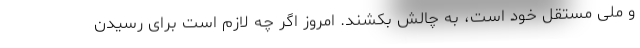
و ملی مستقل خود است، به چالش بکشند. امروز اگر چه لازم است برای رسیدن